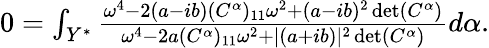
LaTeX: \begin{array}{r}{0=\int_{Y^{*}}\frac{\omega^{4}-2(a-ib)(C^{\alpha})_{11}\omega^{2}+(a-ib)^{2}\operatorname*{det}(C^{\alpha})}{\omega^{4}-2a(C^{\alpha})_{11}\omega^{2}+\lvert(a+ib)\rvert^{2}\operatorname*{det}(C^{\alpha})}d\alpha.}\end{array}